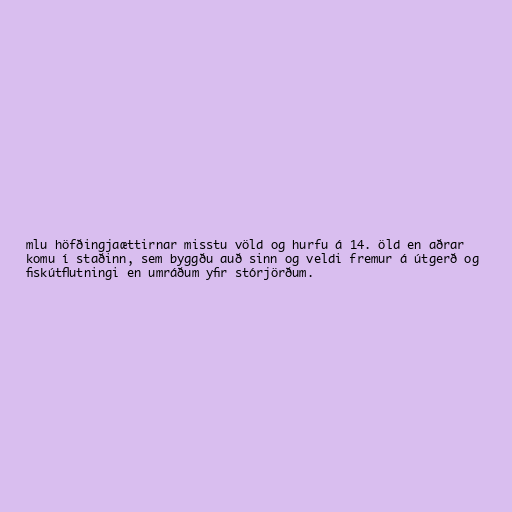
mlu höfðingjaættirnar misstu völd og hurfu á 14. öld en aðrar
komu í staðinn, sem byggðu auð sinn og veldi fremur á útgerð og
fiskútflutningi en umráðum yfir stórjörðum.